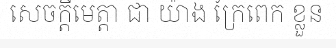
សេចក្តីមេត្តា ជា យ៉ាង ក្រៃពេក ខ្លួន